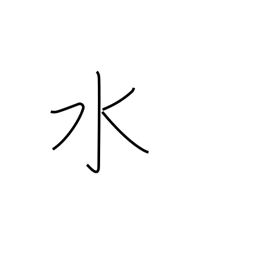
Meaning: water